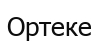
Ортеке